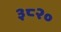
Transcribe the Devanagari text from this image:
३८२०